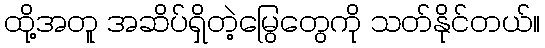
ထို့အတူ အဆိပ်ရှိတဲ့မြွေတွေကို သတ်နိုင်တယ်။